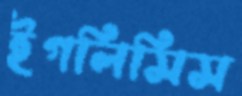
ইগলিসিস